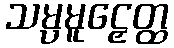
သမ္ပမူဠှေတ္ထ